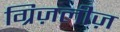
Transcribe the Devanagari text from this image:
ग्रिज़लीज़